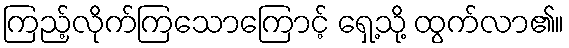
ကြည့်လိုက်ကြသောကြောင့် ရှေ့သို့ ထွက်လာ၏။